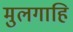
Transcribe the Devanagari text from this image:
मुलगाहि